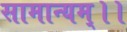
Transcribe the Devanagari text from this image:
सामान्यम्।।